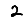
Digit: 2